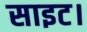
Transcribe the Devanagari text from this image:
साइट।